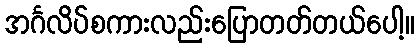
အင်္ဂလိပ်စကားလည်းပြောတတ်တယ်ပေါ့။